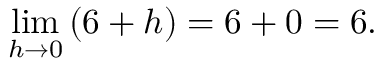
\operatorname* { l i m } _ { h \to 0 } { ( 6 + h ) } = 6 + 0 = 6 .